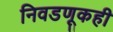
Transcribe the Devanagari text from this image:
निवडणूकही